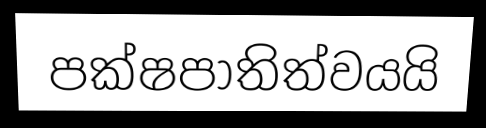
පක්ෂපාතිත්වයයි